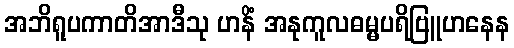
အဘိရူပကာတိအာဒီသု ဟနိံ အနုကူလဓမ္မပရိဗြူဟနေန